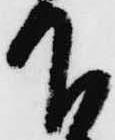
下